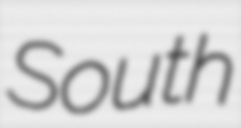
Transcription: South